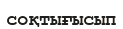
соқтығысып